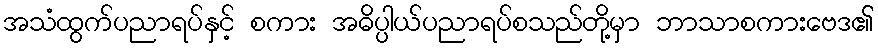
အသံထွက်ပညာရပ်နှင့် စကား အဓိပ္ပါယ်ပညာရပ်စသည်တို့မှာ ဘာသာစကားဗေဒ၏